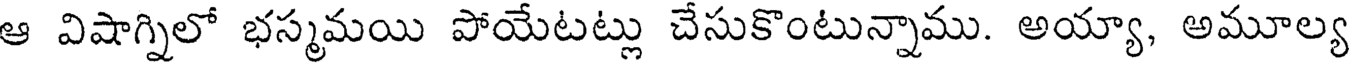
ఆ విషాగ్నిలో భస్మమయి పోయేటట్లు చేసుకొంటున్నాము. అయ్యా, అమూల్య